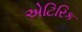
એટિરિક